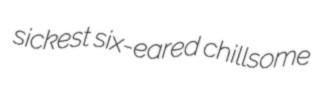
sickest six-eared chillsome